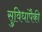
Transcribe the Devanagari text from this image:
सुविधांपैकी